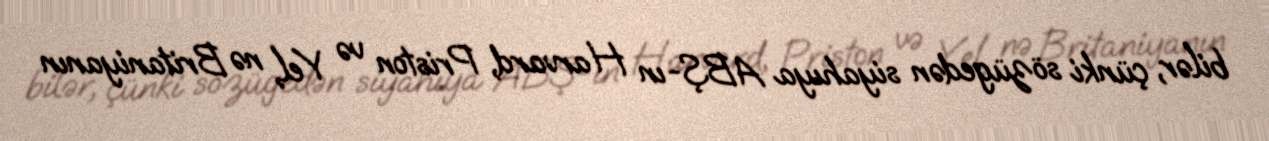
bilər, çünki sözügedən siyahıya ABŞ-ın Harvard, Priston və Yel, nə Britaniyanın